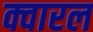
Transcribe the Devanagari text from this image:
क्वारल